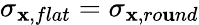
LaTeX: \sigma_{\mathbf{x},flat}=\sigma_{\mathbf{x},ro\mathbf{u}nd}